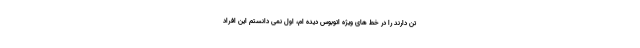
تن دارند را در خط های ویژه اتوبوس دیده ام، اول نمی دانستم این افراد